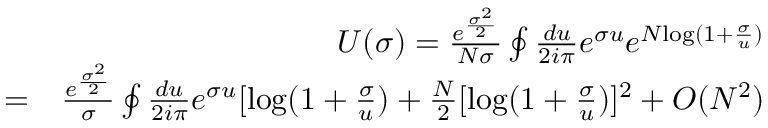
\begin{array} { r l r } & { } & { U ( \sigma ) = \frac { e ^ { \frac { \sigma ^ { 2 } } { 2 } } } { N \sigma } \oint \frac { d u } { 2 i \pi } e ^ { \sigma u } e ^ { N \mathrm { l o g } ( 1 + \frac { \sigma } { u } ) } } \\ & { = } & { \frac { e ^ { \frac { \sigma ^ { 2 } } { 2 } } } { \sigma } \oint \frac { d u } { 2 i \pi } e ^ { \sigma u } [ \mathrm { l o g } ( 1 + \frac { \sigma } { u } ) + \frac { N } { 2 } [ \mathrm { l o g } ( 1 + \frac { \sigma } { u } ) ] ^ { 2 } + O ( N ^ { 2 } ) } \end{array}